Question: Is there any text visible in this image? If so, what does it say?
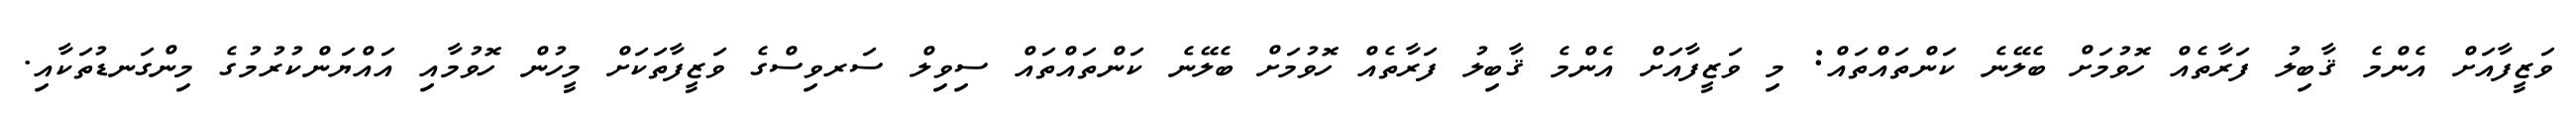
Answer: ވަޒީފާއަށް އެންމެ ޤާބިލު ފަރާތެއް ހޮވުމަށް ބެލޭނެ ކަންތައްތައް: މި ވަޒީފާއަށް އެންމެ ޤާބިލު ފަރާތެއް ހޮވުމަށް ބެލޭނެ ކަންތައްތައް ސިވިލް ސަރވިސްގެ ވަޒީފާތަކަށް މީހުން ހޮވުމާއި އައްޔަންކުރުމުގެ މިންގަނޑުތަކާއި.